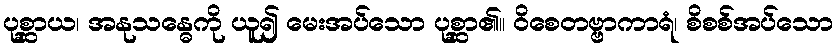
ပုစ္ဆာယ၊ အနုသန္ဓေကို ယူ၍ မေးအပ်သော ပုစ္ဆာ၏။ ဝိစေတဗ္ဗာကာရံ၊ စိစစ်အပ်သော